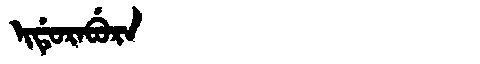
Manchu: ᡳᡩᡠᡵᠠᠪᡠᡵᠠ
Romanization: IDURABURA